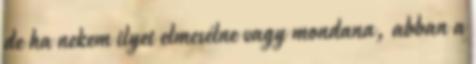
de ha nekem ilyet elmesélne vagy mondana, abban a